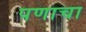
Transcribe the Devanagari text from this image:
पणाचा